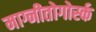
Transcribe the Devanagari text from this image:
माग्नीतोगोर्स्क